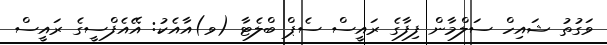
ވަގުތު ޝައިހް ސަލްމާން ފިފާގެ ރައީސް ސެޕް ބްލެޓާ (ވ)އާއެކު: އޭއެފްސީގެ ރައީސް